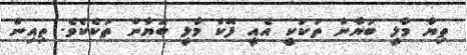
ތިޔާ މާލީ ބަޔާން ތަކަކީ އެއީ ފޭކް މާލީ ބަޔާން ތަކެކެވެ. ތިއިން